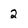
Character: 2